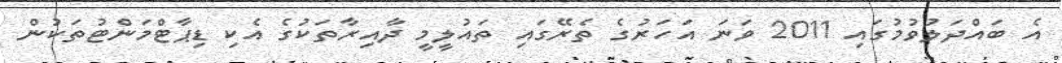
އެ ބައްދަލުވުމުގައި 2011 ވަނަ އަހަރުގެ ތެރޭގައި ތައުލީމީ ދާއިރާތަކުގެ އެކި ޑިޕާޓްމަންޓުތަކުން